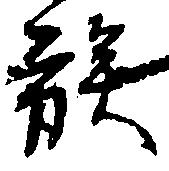
族